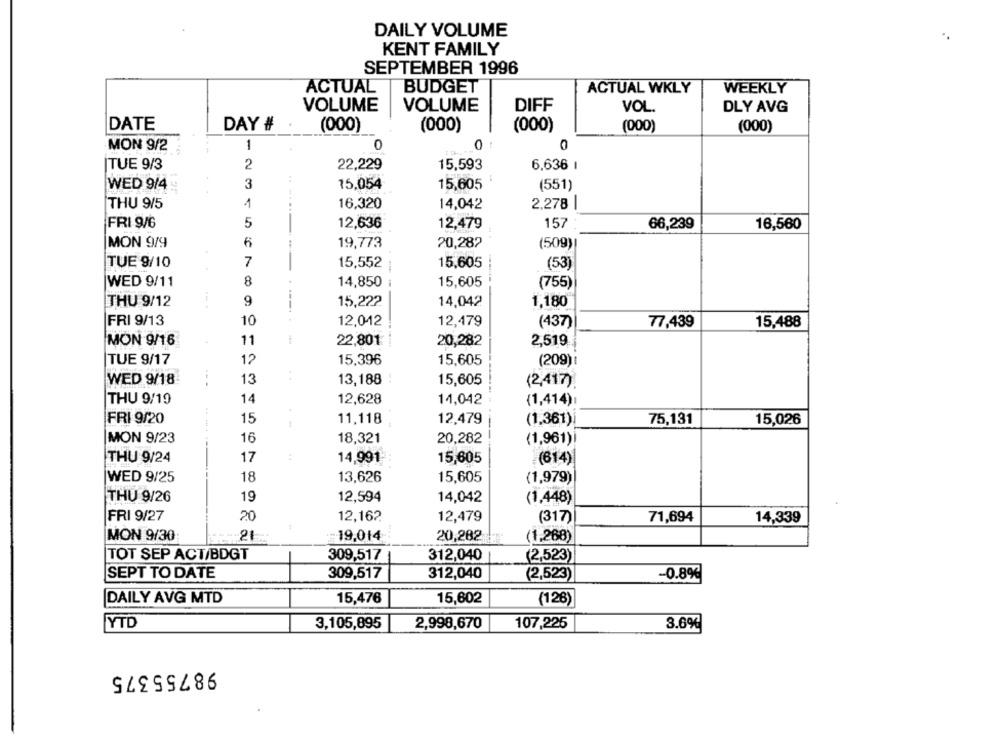
DAILY VOLUME
KENT FAMILY
SEPTEMBER 1996
ACTUAL
BUDGET
ACTUAL WKLY
WEEKLY
VOLUME
VOLUME
DIFF
VOL.
DLY AVG
DATE
DAY #
(000)
(000)
(000)
(000)
(000)
MON 9/2
1
0
0
TUE 9/3
2
22,229
15,593
6,636 1
3
15,054
15,605
WED 9/4
(551)
THU 9/5
1
16,320
14,042
2.278 |
5
FRI 9/6
12,636
12,479
157
66,239
16,560
MON 9/9
6
19,773
20,282
(509)
TUE 9/10
7
15,552
15,605
(53)
WED 9/11
8
14,850
15,605
(755)
THU 9/12
9
15,222
14,042
1,180
FRI 9/13
10
12,042
12,479
(437)
77,439
15,488
MON 9/16
11
----
22,801
20,282
2,519
TUE 9/17
12
15,396
15,605
(209) :
13
..
WED 9/18
13,188
15,605
(2,417)
THU 9/19
14
12,628
14,042
(1,414)
FRI 9/20
15
11,118
12,479
(1,361)
75,131
15,026
MON 9/23
16
18,321
20,282
(1,961)
THU 9/24
17
:
14,991
15,605
(614)
WED 9/25
18
13,626
15,605
(1,979)
THU 9/26
19
12,594
14,042
(1,448)
FRI 9/27
20
12,162
12,479
(317)
71,694
14,339
MON 9/30;
21
:19,014
20,282
(1,268)
TOT SEP ACT/BDGT
309,517
312,040
(2,523)
SEPT TO DATE
309,517
312,040
(2,523)
-0.8%
DAILY AVG MTD
15,476
15,602
(126)
YTD
3,105,895
2,998,670
107,225
3.6%
98755375